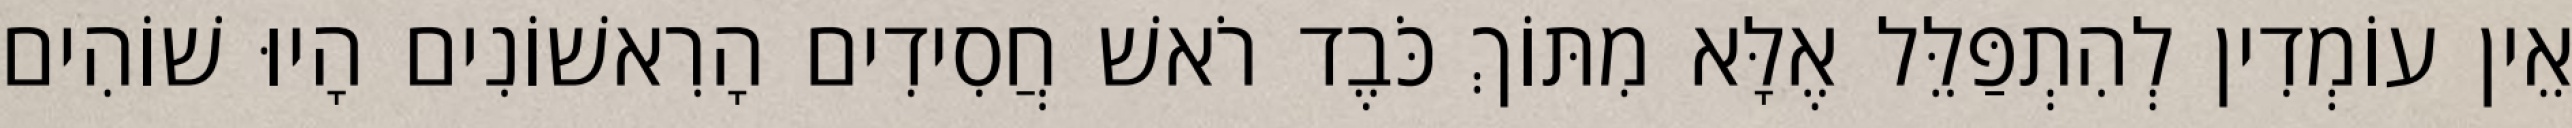
אֵין עוֹמְדִין לְהִתְפַּלֵּל אֶלָּא מִתּוֹךְ כֹּבֶד רֹאשׁ חֲסִידִים הָרִאשׁוֹנִים הָיוּ שׁוֹהִים